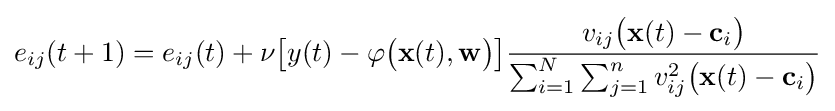
e_{ij}(t+1)=e_{ij}(t)+\nu {\big [}y(t)-\varphi {\big (}\mathbf {x} (t),\mathbf {w} {\big )}{\big ]}{\frac {v_{ij}{\big (}\mathbf {x} (t)-\mathbf {c} _{i}{\big )}}{\sum _{i=1}^{N}\sum _{j=1}^{n}v_{ij}^{2}{\big (}\mathbf {x} (t)-\mathbf {c} _{i}{\big )}}}